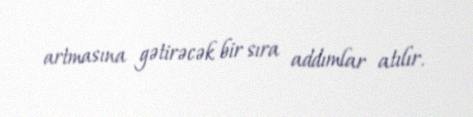
artmasına gətirəcək bir sıra addımlar atılır.